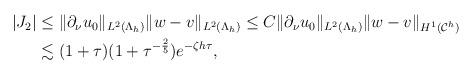
LaTeX: \begin{align*} \begin{aligned} \vert J_2 \vert &\leq \|\partial _{\nu} u_0\|_{ L^{2}(\Lambda_{h})} \|w-v\|_{ L^{2}(\Lambda_{h})} \leq C\|\partial _{\nu} u_0\|_{ L^{2}(\Lambda_{h})} \|w-v\|_{ H^{1}(\mathcal C^h)}\\ &\lesssim (1+\tau)(1+\tau^{-\frac{2}{5}})e^{-\zeta h\tau}, \end{aligned} \end{align*}